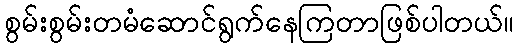
စွမ်းစွမ်းတမံဆောင်ရွက်နေကြတာဖြစ်ပါတယ်။